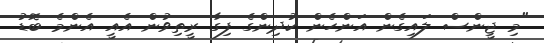
"މި ޖީންސް ލައިގެން އަންހެން ކުދިންގެ ފިގާ ރީތިވުން އެއީ އެންމެ ބޮޑު